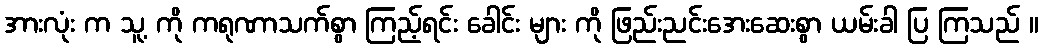
အားလုံး က သူ့ ကို ကရုဏာသက်စွာ ကြည့်ရင်း ခေါင်း များ ကို ဖြည်းညင်းအေးဆေးစွာ ယမ်းခါ ပြ ကြသည် ။